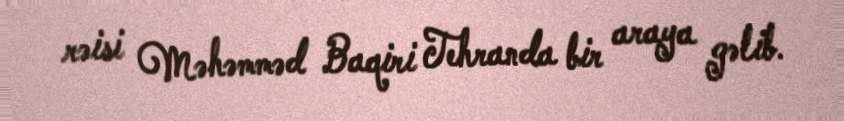
rəisi Məhəmməd Baqiri Tehranda bir araya gəlib.